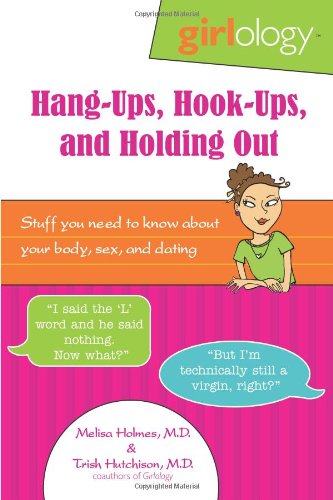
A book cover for Girlology Hang-Ups, Hook-Ups, and Holding Out: Stuff You Need to Know About Your Body, Sex, & Dating; Melisa Holmes M.D.; Teen & Young Adult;